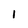
Character: 1